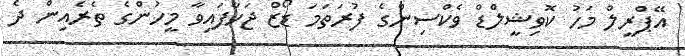
އޭޕްރީލް މަހު ކޮވިޝީލްޑް ވެކްސިންގެ ފުރަތަމަ ޑޯޒް ޖަހާފައިވާ މީހުންގެ ތެރެއިން ދެ